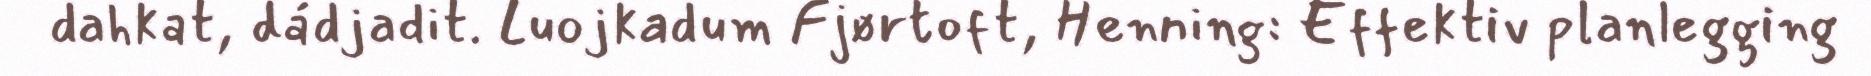
dahkat, dádjadit. Luojkadum Fjørtoft, Henning: Effektiv planlegging